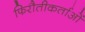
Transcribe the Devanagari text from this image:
फिरौतीकर्ताओं